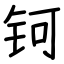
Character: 钶